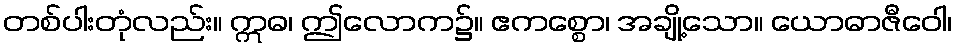
တစ်ပါးတုံလည်း။ ဣဓ၊ ဤလောက၌။ ဧကစ္စော၊ အချို့သော။ ယောဓာဇီဝေါ၊